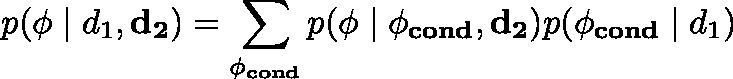
p ( \mathbf { \phi } \mid d _ { 1 } , \mathbf { d _ { 2 } } ) = \sum _ { \mathbf { \phi _ { c o n d } } } p ( \mathbf { \phi } \mid \mathbf { \phi _ { c o n d } } , \mathbf { d _ { 2 } } ) p ( \mathbf { \phi _ { c o n d } } \mid d _ { 1 } )